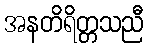
အနတိရိတ္တသညီ